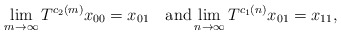
\begin{align*}\lim_{m\to\infty}T^{c_2(m)}x_{00}=x_{01} \quad\textup{and}\lim_{n\to\infty}T^{c_1(n)}x_{01}=x_{11},\end{align*}